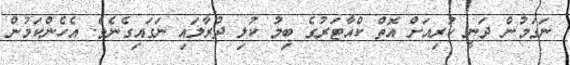
ނަގަމުން ދަނީ ކުރިއަށް އޮތް ކްއާޓަރުގެ ބިމު ކުލި ދުރާލައި ނަގައިގެނެވެ. އެހެންކަމުން